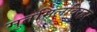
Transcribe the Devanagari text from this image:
मुतमिलविरहर